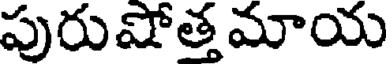
పురుషోత్త మాయ